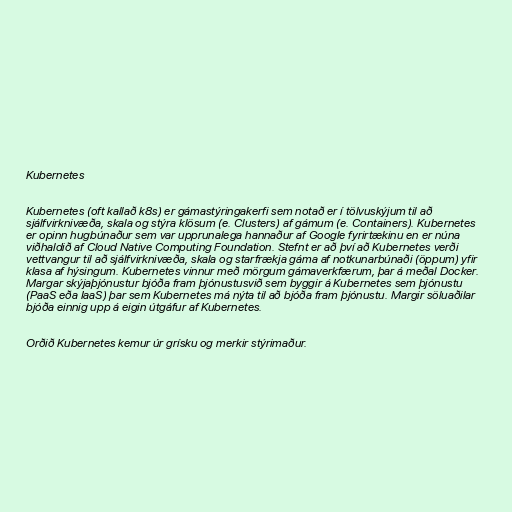
Kubernetes

Kubernetes (oft kallað k8s) er gámastýringakerfi sem notað er í tölvuskýjum til að
sjálfvirknivæða, skala og stýra klösum (e. Clusters) af gámum (e. Containers). Kubernetes
er opinn hugbúnaður sem var upprunalega hannaður af Google fyrirtækinu en er núna
viðhaldið af Cloud Native Computing Foundation. Stefnt er að því að Kubernetes verði
vettvangur til að sjálfvirknivæða, skala og starfrækja gáma af notkunarbúnaði (öppum) yfir
klasa af hýsingum. Kubernetes vinnur með mörgum gámaverkfærum, þar á meðal Docker.
Margar skýjaþjónustur bjóða fram þjónustusvið sem byggir á Kubernetes sem þjónustu
(PaaS eða IaaS) þar sem Kubernetes má nýta til að bjóða fram þjónustu. Margir söluaðilar
bjóða einnig upp á eigin útgáfur af Kubernetes.

Orðið Kubernetes kemur úr grísku og merkir stýrimaður.